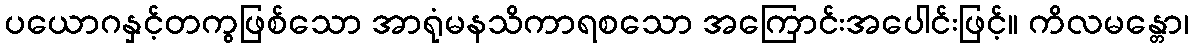
ပယောဂနှင့်တကွဖြစ်သော အာရုံမနသိကာရစသော အကြောင်းအပေါင်းဖြင့်။ ကိလမန္တော၊